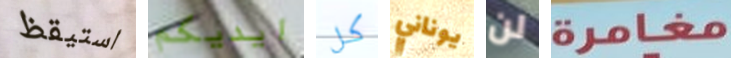
استيقظ ايديكم كل يوناني لن مغامرة